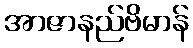
အာဇာနည်ဗိမာန်